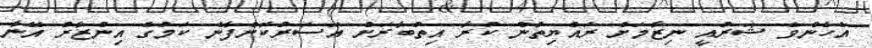
އެހެންވެ ޝަރުއީ ނިޒާމަށް ރައްޔިތުން ކުރާ އިތުބާރަށް އަސަރުކޮށްފާނެ ކަމުގެ އިންޒާރު އޭނާ